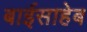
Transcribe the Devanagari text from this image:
बाईसाहेब